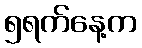
၅ရက်နေ့က